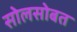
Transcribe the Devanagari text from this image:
सोलसोबत